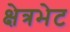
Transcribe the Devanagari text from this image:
क्षेत्रभेट